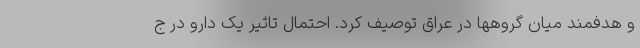
و هدفمند میان گروهها در عراق توصیف کرد. احتمال تاثیر یک دارو در ج